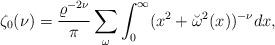
LaTeX: \begin{align*}\zeta_0(\nu)={\varrho^{-2\nu} \over \pi }\sum_\omega\int_{0}^{\infty}(x^2+\breve{\omega}^2(x))^{-\nu}dx,\end{align*}